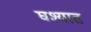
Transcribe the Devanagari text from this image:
घश्यात